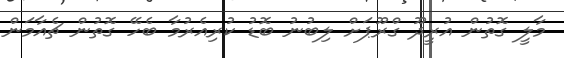
މާލީ ގޮތުން އުރީދޫ ގްރޫޕަށް ލިބުނު ބޮޑު ކުރިއެރުމާ ބެހޭ ގޮތުން ޗެއާމަން